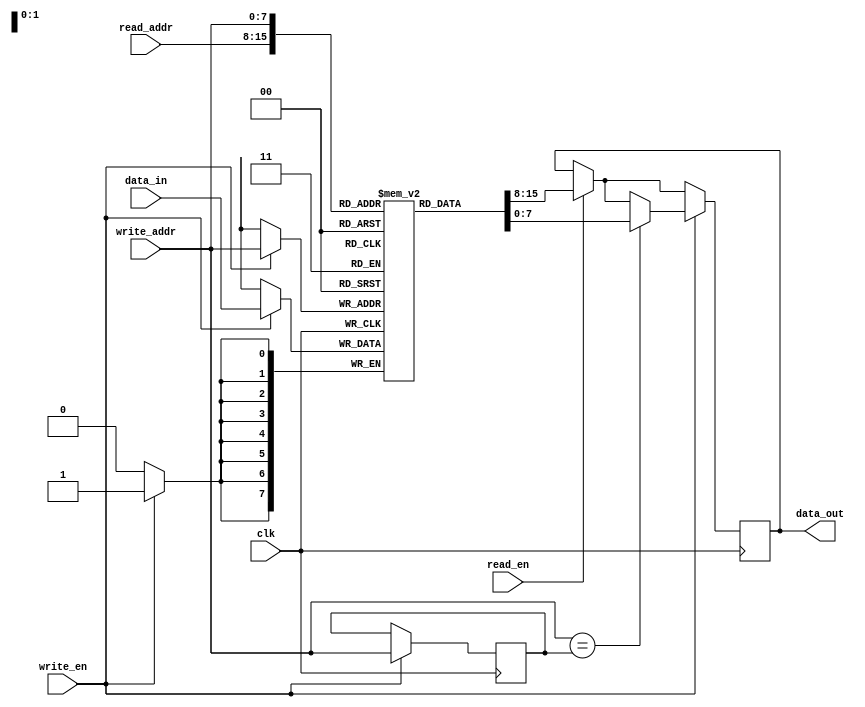
module dual_port_ram(
    input wire clk,
    input wire read_en,
    input wire write_en,
    input wire [7:0] read_addr,
    input wire [7:0] write_addr,
    input wire [7:0] data_in,
    output reg [7:0] data_out
);

reg [7:0] memory [0:255];
reg [7:0] read_addr_reg;

always @(posedge clk) begin
    if(read_en) begin
        data_out <= memory[read_addr];
    end
    if(write_en) begin
        if(write_addr == read_addr_reg) begin
            data_out <= memory[write_addr];
        end
        memory[write_addr] <= data_in;
        read_addr_reg <= write_addr;
    end
end

endmodule